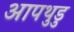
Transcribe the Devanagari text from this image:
आपथुडु